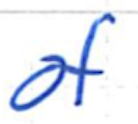
Text: of
Cross-out: clean
Writing tool: ballpoint